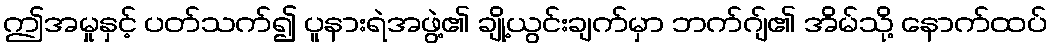
ဤအမှုနှင့် ပတ်သက်၍ ပူနားရဲအဖွဲ့၏ ချို့ယွင်းချက်မှာ ဘက်ဂျ်၏ အိမ်သို့ နောက်ထပ်